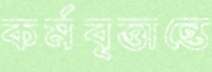
কর্মবৃত্তান্তে